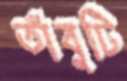
তাঁবুটি